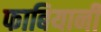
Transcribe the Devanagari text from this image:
फाबियानी